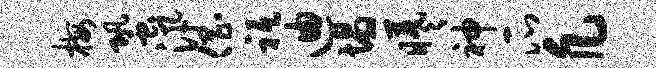
梅蛩汛倡祗迪塌曦神瓜凡